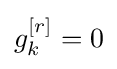
g_{k}^{\left[r\right]}=0